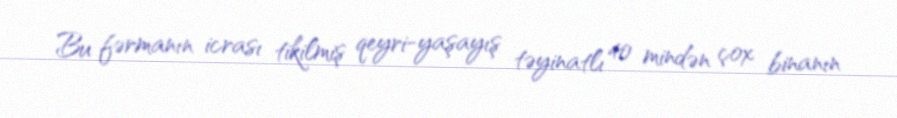
Bu fərmanın icrası tikilmiş qeyri-yaşayış təyinatlı 40 mindən çox binanın